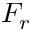
F _ { r }